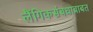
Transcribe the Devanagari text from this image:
लैंगिकसंबधाबाबत